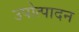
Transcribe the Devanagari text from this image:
उपोत्पादन